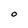
Character: O